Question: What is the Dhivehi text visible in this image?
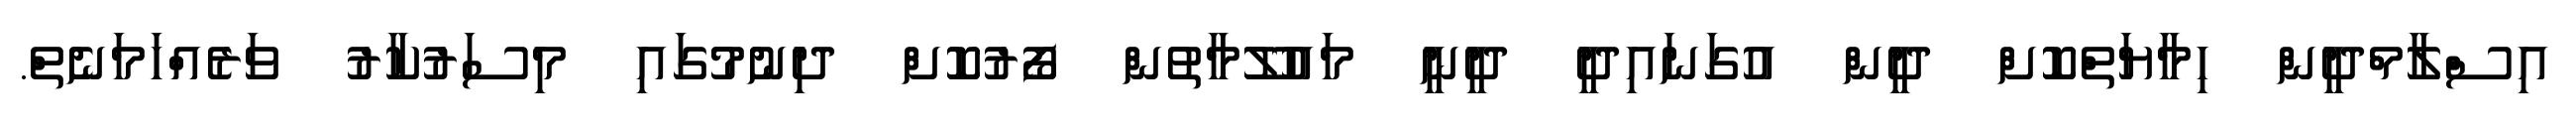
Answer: އިސްލާމްދީން ހިމާޔަތްކޮށް ދީން އުގަނައިދީ ދީނީ މައުލޫމާތުން ފޯރުކޮށް ދިނުމުގައި މިސަރުކާރު ވަރެއްހަމަނެތް.